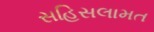
સહિસલામત